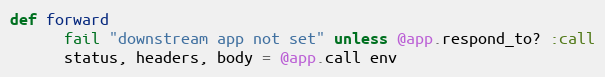
Language: Ruby
def forward
      fail "downstream app not set" unless @app.respond_to? :call
      status, headers, body = @app.call env